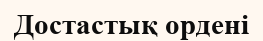
Достастық ордені